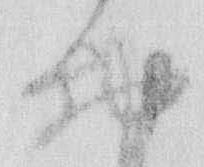
勘